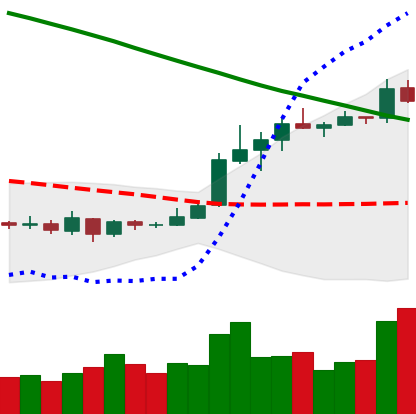
Ticker: XLM-USD
Chart end date: 2019-03-19
Forward return: -6.39%
Label: down_5_7